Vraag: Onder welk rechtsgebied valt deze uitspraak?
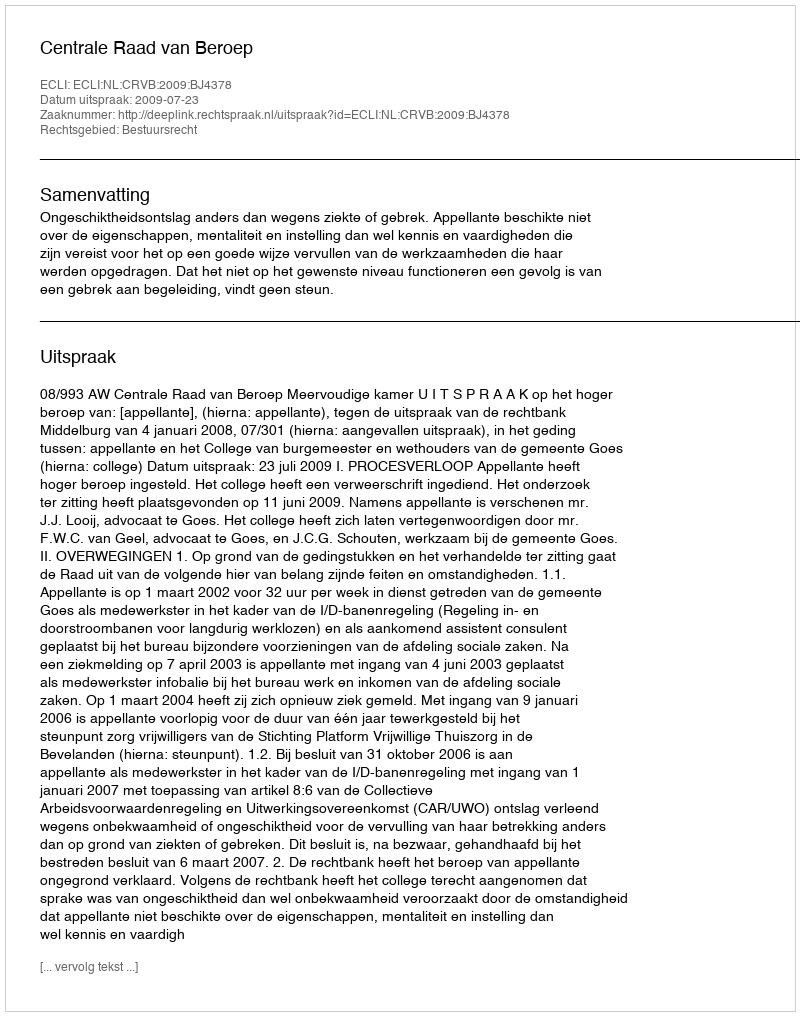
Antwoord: Bestuursrecht